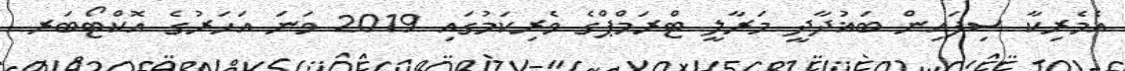
އެމެރިކާ ސިފައިން ބަޣުދާދީ މަރާލީ ޓްރަމްޕްގެ ވެރިކަމުގައި 2019 ވަނަ އަހަރުގެ އޮކްޓޯބަރ